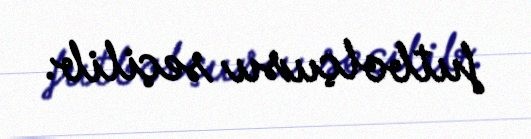
futbolçusu seçilib.